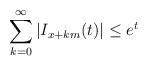
LaTeX: \begin{align*}\sum_{k=0}^{\infty}|I_{x+km}(t)|\leq e^t\end{align*}